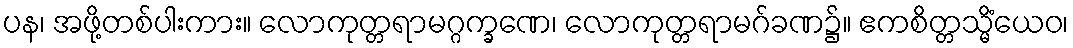
ပန၊ အဖို့တစ်ပါးကား။ လောကုတ္တရာမဂ္ဂက္ခဏေ၊ လောကုတ္တရာမဂ်ခဏ၌။ ဧကစိတ္တသ္မိံယေဝ၊